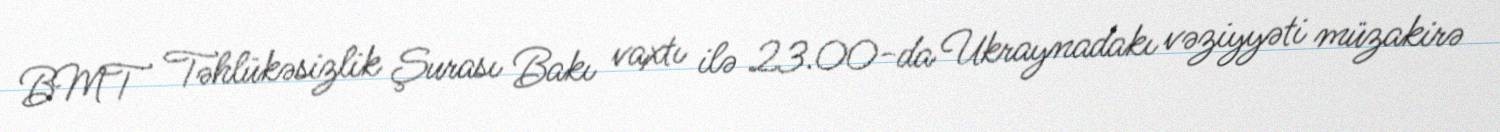
BMT Təhlükəsizlik Şurası Bakı vaxtı ilə 23.00-da Ukraynadakı vəziyyəti müzakirə